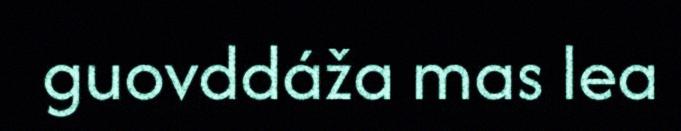
guovddáža mas lea